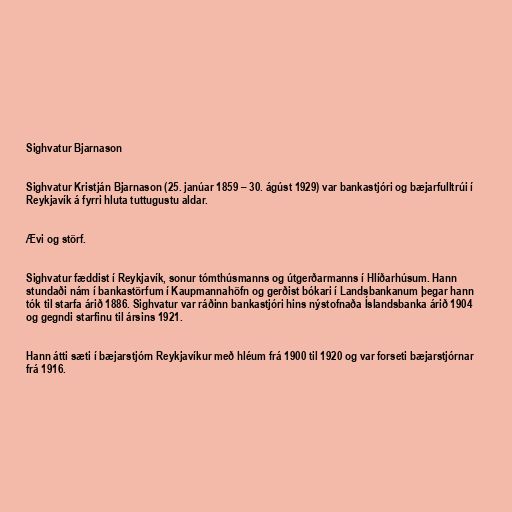
Sighvatur Bjarnason

Sighvatur Kristján Bjarnason (25. janúar 1859 – 30. ágúst 1929) var bankastjóri og bæjarfulltrúi í
Reykjavík á fyrri hluta tuttugustu aldar.

Ævi og störf.

Sighvatur fæddist í Reykjavík, sonur tómthúsmanns og útgerðarmanns í Hlíðarhúsum. Hann
stundaði nám í bankastörfum í Kaupmannahöfn og gerðist bókari í Landsbankanum þegar hann
tók til starfa árið 1886. Sighvatur var ráðinn bankastjóri hins nýstofnaða Íslandsbanka árið 1904
og gegndi starfinu til ársins 1921.

Hann átti sæti í bæjarstjórn Reykjavíkur með hléum frá 1900 til 1920 og var forseti bæjarstjórnar
frá 1916.